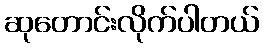
ဆုတောင်းလိုက်ပါတယ်